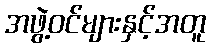
အဖွဲ့ဝင်များနှင့်အတူ